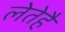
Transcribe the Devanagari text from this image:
लेतेहै